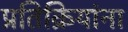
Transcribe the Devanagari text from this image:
प्रतिक्रियांना